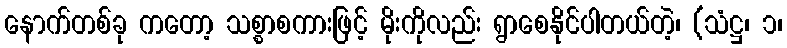
နောက်တစ်ခု ကတော့ သစ္စာစကားဖြင့် မိုးကိုလည်း ရွာစေနိုင်ပါတယ်တဲ့၊ (သံဋ္ဌ၊ ၁၊